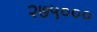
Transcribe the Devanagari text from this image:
२७५०००